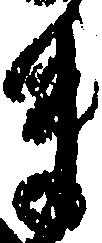
ま